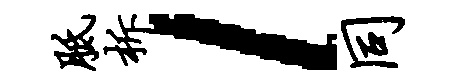
胝柝l同